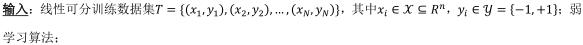
输入：线性可分训练数据$T = \{(x_1,y_1),(x_2,y_2),\ldots,(x_N,y_N)\}$，其中$x_i \in \mathcal{X} \subseteq \mathbb{R}^n$，$y_i \in \mathcal{Y} = \{-1,+1\}$；
学习算法：